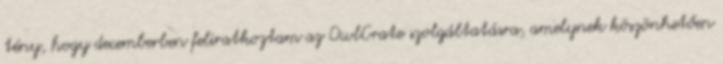
tény, hogy decemberben feliratkoztam az OwlCrate szolgáltatásra, amelynek köszönhetően